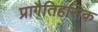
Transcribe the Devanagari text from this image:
प्रागैतिहसिक